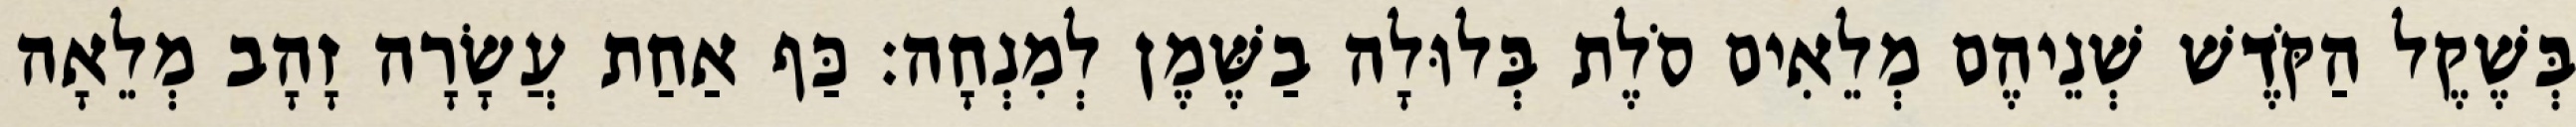
בְּשֶׁקֶל הַקֹּדֶשׁ שְׁנֵיהֶם מְלֵאִים סֹלֶת בְּלוּלָה בַשֶּׁמֶן לְמִנְחָה׃ כַּף אַחַת עֲשָׂרָה זָהָב מְלֵאָה